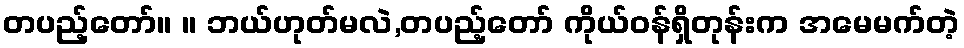
တပည့်တော်။ ။ ဘယ်ဟုတ်မလဲ,တပည့်တော် ကိုယ်ဝန်ရှိတုန်းက အမေမက်တဲ့